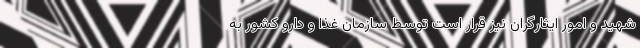
شهید و امور ایثارگران نیز قرار است توسط سازمان غذا و دارو کشور به